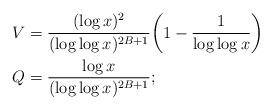
LaTeX: \begin{align*}V &= \frac{(\log x)^2}{(\log\log x)^{2B+1}} \bigg( 1 - \frac1{\log\log x} \bigg) \\Q &= \frac{\log x}{(\log\log x)^{2B+1}};\end{align*}